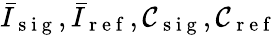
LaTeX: \bar{I}_{\mathrm{~s~i~g~}},\bar{I}_{\mathrm{~r~e~f~}},\mathcal{C}_{\mathrm{~s~i~g~}},\mathcal{C}_{\mathrm{~r~e~f~}}